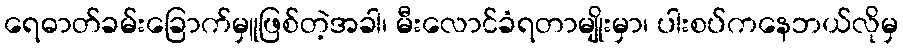
ရေဓာတ်ခမ်းခြောက်မှူဖြစ်တဲ့အခါ၊ မီးလောင်ခံရတာမျိုးမှာ၊ ပါးစပ်ကနေဘယ်လိုမှ